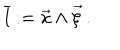
\overline { { { l } } } : = \vec { x } \wedge \vec { \xi } \, .